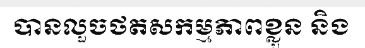
បានលួចថតសកម្មភាពខ្លួន និង